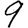
Digit: 9